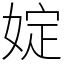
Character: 婝